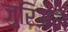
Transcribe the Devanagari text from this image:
ज़ुरिअल